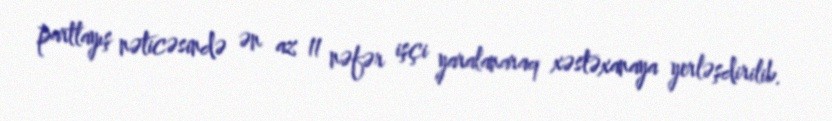
partlayış nəticəsində ən az 11 nəfər işçi yaralanaraq xəstəxanaya yerləşdirilib.